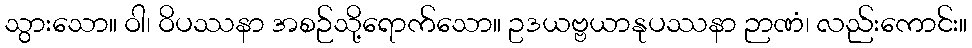
သွားသော။ ဝါ၊ ဝိပဿနာ အစဉ်သို့ရောက်သော။ ဥဒယဗ္ဗယာနုပဿနာ ဉာဏံ၊ လည်းကောင်း။